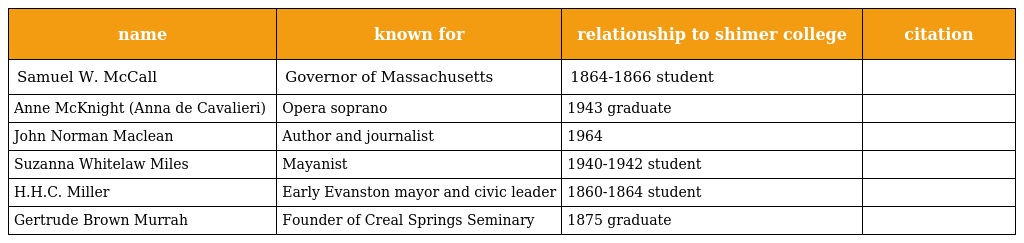
| name | known for | relationship to shimer college | citation |
 | --- | --- | --- | --- |
 | Samuel W. McCall | Governor of Massachusetts | 1864-1866 student |  |
 | Anne McKnight (Anna de Cavalieri) | Opera soprano | 1943 graduate |  |
 | John Norman Maclean | Author and journalist | 1964 |  |
 | Suzanna Whitelaw Miles | Mayanist | 1940-1942 student |  |
 | H.H.C. Miller | Early Evanston mayor and civic leader | 1860-1864 student |  |
 | Gertrude Brown Murrah | Founder of Creal Springs Seminary | 1875 graduate |  |